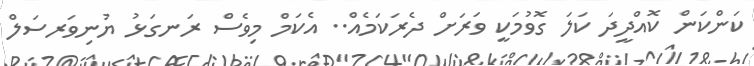
ކަންކަން ކޮއްދީދަ ކަލަ ގޮވުމަކީ ވަރަށް ދެރަކަމެއް.. އެކަމް މިވެސް ރަނގަޅު ޔުނިވަރސަލް